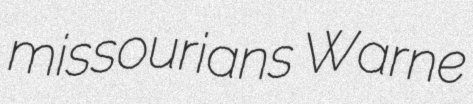
missourians Warne